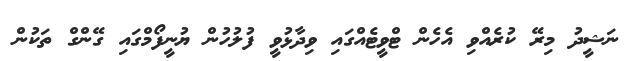
ނަޝީދު މިރޭ ކުރެއްވި އެހެން ޓްވީޓެއްގައި ވިދާޅުވީ ފުލުހުން ޔުނީފޯމްގައި ގޭންގް ތަކުން